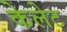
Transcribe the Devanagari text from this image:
केलेट